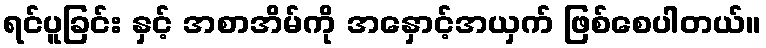
ရင်ပူခြင်း နှင့် အစာအိမ်ကို အနှောင့်အယှက် ဖြစ်စေပါတယ်။